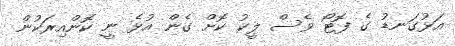
އަޅުގަނޑު ގެ ފޮޓޯ ވެސް ލީކު ކޮށް ގެން އުޅެ ނީ ކޮންއިރަކުން